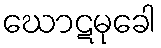
ဃောဋမုခေါ